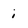
Character: i